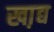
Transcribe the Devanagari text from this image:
खा़द्य